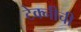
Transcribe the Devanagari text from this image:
टेक्नीची